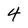
Character: 4